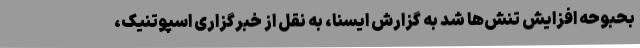
بحبوحه افزایش تنش‌ها شد به گزارش ایسنا، به نقل از خبرگزاری اسپوتنیک،